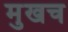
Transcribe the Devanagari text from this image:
मुखच